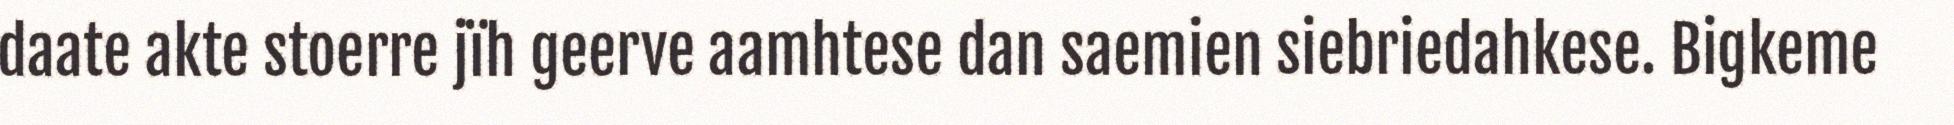
daate akte stoerre jïh geerve aamhtese dan saemien siebriedahkese. Bigkeme